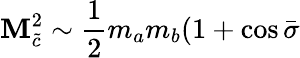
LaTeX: \mathbf{M}_{\tilde{{c}}}^{2}\sim\frac{{1}}{{2}}m_{a}m_{b}(1+\cos\bar{{\sigma}}